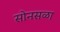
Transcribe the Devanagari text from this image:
सोनसळा